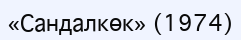
«Сандалкөк» (1974)